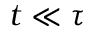
t \ll \tau